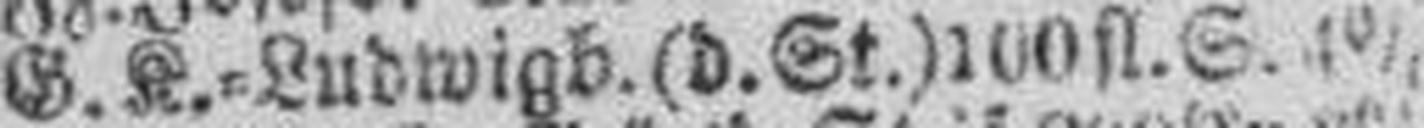
G.K.=Ludwigb. (d.St.) 100 fl. S. 4%